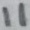
Text: 11